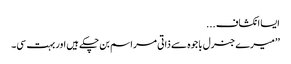
ایسا انکشاف ...
’’میرے جنرل باجوہ سے ذاتی مراسم بن چکے ہیں اور بہت سی۔